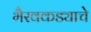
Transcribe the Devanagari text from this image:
भैरवकड्याचे